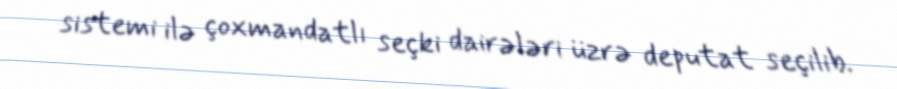
sistemi ilə çoxmandatlı seçki dairələri üzrə deputat seçilib.